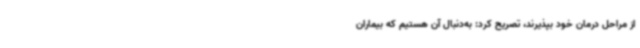
از مراحل درمان خود بپذیرند، تصریح کرد: به‌دنبال آن هستیم که بیماران